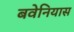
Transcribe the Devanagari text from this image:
बवेनियास